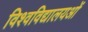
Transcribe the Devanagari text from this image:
विश्वविद्यालयओं